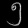
Digit: ၅